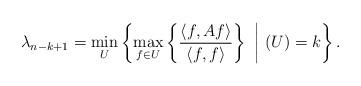
LaTeX: \begin{align*}\lambda_{n-k+1} = \min_{U}\left\{\max_{f \in U}\left\{\frac{\langle f, Af \rangle}{\langle f,f \rangle}\right\} ~\middle|~ (U) = k\right\}.\end{align*}